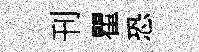
刊瞿恐